Lunatic asylums in Bengal annual reports 1912-1924 - 1912-1924
Year: 1912
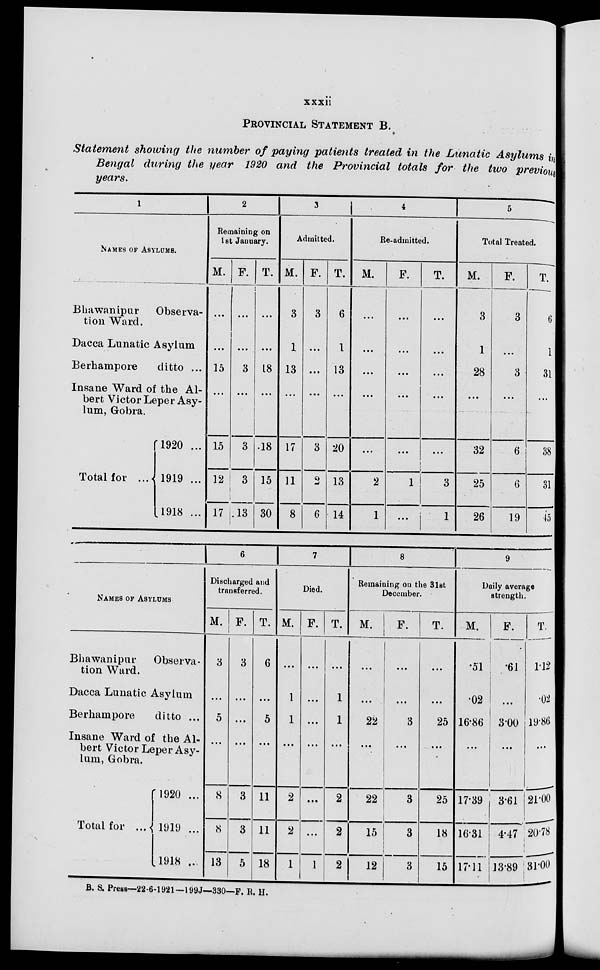
xxxii
PROVINCIAL STATEMENT B.
Statement showing the number of paying patients treated in the Lunatic Asylums in
Bengal during the year 1920 and the Provincial totals for the two previous
years.
1
NAMES OF ASYLUMS.
Bhawanipur
Observa-
tion Ward.
Dacca Lunatic Asylum
Berhampore
ditto ...
Insane Ward of the Al-
bert Victor Leper Asy-
lum, Gobra.
Total for ...
1920 ...
1919 ...
1918 ...
2
Remaining on
1 st January.
M.
...
...
15
...
15
12
17
F.
...
...
3
...
3
3
13
T.
...
...
18
...
18
15
30
3
Admitted.
M.
3
1
13
...
17
11
8
F.
3
...
...
...
3
2
6
T.
6
1
13
...
20
13
14
4
Re-admitted.
M.
...
...
...
...
...
2
1
F.
...
...
...
...
...
1
...
T.
...
...
...
...
...
3
1
5
Total Treated.
M.
3
1
28
...
32
25
26
F.
3
...
3
...
6
6
19
T.
6
1
31
...
38
31
45
NAMES OF ASYLUMS
Bhawanipur
Observa-
tion Ward.
Dacca Lunatic Asylum
Berhampore
ditto ...
Insane Ward of the Al-
bert Victor Leper Asy-
lum, Gobra.
Total for ...
1920 ...
1919 ...
1918 ...
6
Discharged and
transferred.
M.
3
...
5
...
8
8
13
F.
3
...
...
...
3
3
5
T.
6
...
5
...
11
11
18
7
Died.
M.
...
1
1
...
2
2
1
F.
...
...
...
...
...
...
1
T.
...
1
1
...
2
2
2
8
Remaining on the 31st
December.
M.
...
...
22
...
22
15
12
F.
...
...
3
...
3
3
3
T.
...
...
25
...
25
18
15
9
Daily average
strength.
M.
.51
.02
16.86
...
17.39
16.31
17.11
F.
61
...
3.00
...
3.61
4.47
13.89
T.
1.12
.02
19.86
...
21.00
20.78
31.00
B. S. Press—22-6-1921—199J—330—F. R. H.